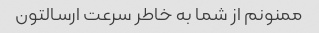
ممنونم از شما به خاطر سرعت ارسالتون